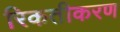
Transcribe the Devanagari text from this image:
रिकतीकरण